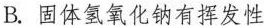
B.固体氢氧化钠有挥发性